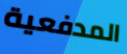
المدفعية